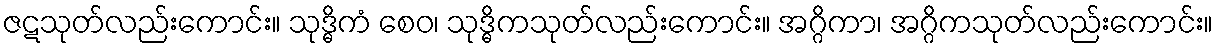
ဇဋသုတ်လည်းကောင်း။ သုဒ္ဓိကံ စေဝ၊ သုဒ္ဓိကသုတ်လည်းကောင်း။ အဂ္ဂိကာ၊ အဂ္ဂိကသုတ်လည်းကောင်း။